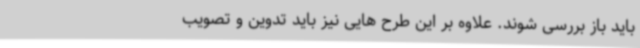
باید باز بررسی شوند. علاوه بر این طرح هایی نیز باید تدوین و تصویب